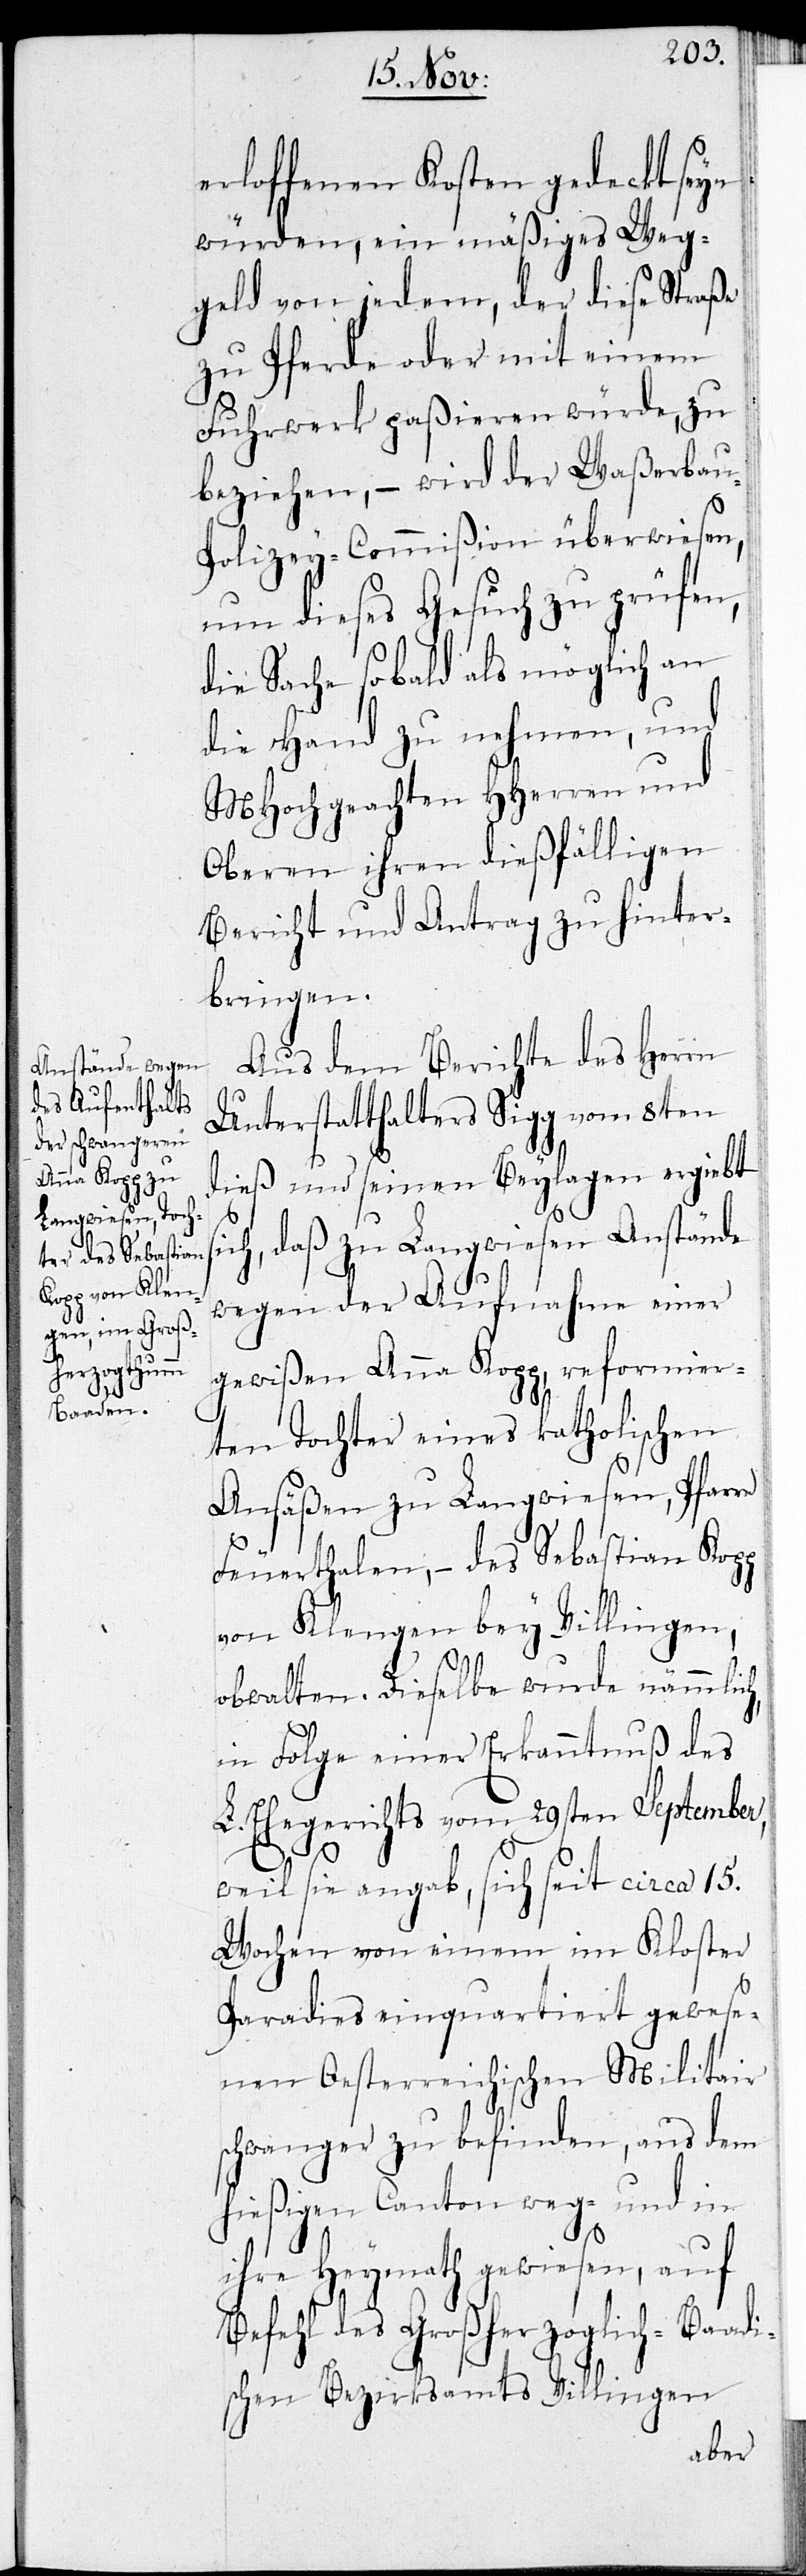
erloffenen Kosten gedeckt seyn
würden, ein mäßiges Weg¬
geld von jedem, der diese Straße
zu Pferde oder mit einem
Fuhrwerk paßieren würde, zu
beziehen, – wird der Waßerbau-P¬
olizey-Commißion überwiesen,
um dieses Gesuch zu prüfen,
die Sache sobald als möglich an
die Hand zu nehmen, und
MHochgeachten HHerren und
Oberen ihren dießfälligen
Bericht und Antrag zu hinter¬
bringen.
Aus dem Berichte des Herrn
Unterstatthalters Sigg vom 8ten
dieß und seinen Beylagen ergiebt
s¬
ich, daß zu Langwiesen Anstände
wegen der Aufnahme einer
gewißen Anna Kopp, reformier¬
ten Tochter eines katholischen
Ansäßen zu Langwiesen, Pfarre
Feuerthalen, – des Sebastian Kopp
von Klengen bei Villingen,
obwalten. Dieselbe wurde nämlich,
in Folge einer Erkanntnuß des
L. Ehegerichts vom 29ten September,
weil sie angab, sich seit circa 15.
Wochen von einem im Kloster
Paradies einquartiert gewese¬
nen Oesterreichischen Militair
schwanger zu befinden, aus dem
hießigen Canton weg- und in
ihre Heymath gewiesen, auf
Befehl des Großherzoglich-Baadi¬
schen Bezirksamts Villingen